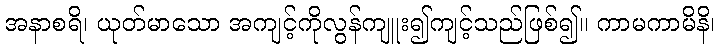
အနာစရိ၊ ယုတ်မာသော အကျင့်ကိုလွန်ကျူး၍ကျင့်သည်ဖြစ်၍။ ကာမကာမိနိ၊